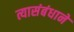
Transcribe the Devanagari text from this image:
त्यासंबंधाने